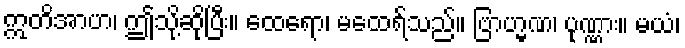
ဣတိအာဟ၊ ဤသို့ဆိုပြီး။ ထေရော၊ မထေရ်သည်။ ဗြာဟ္မဏ၊ ပုဏ္ဏား။ မယံ၊